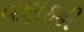
વણકહી